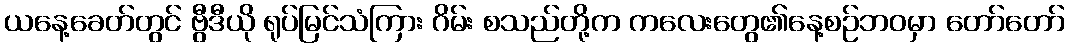
ယနေ့ခေတ်တွင် ဗွီဒီယို ရုပ်မြင်သံကြား ဂိမ်း စသည်တို့က ကလေးတွေ၏နေ့စဉ်ဘဝမှာ တော်တော်